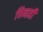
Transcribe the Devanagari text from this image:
चिन्हही